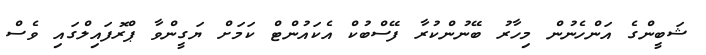
ޝަބީންގެ އަންހެނުން މިހާރު ބޭނުންކުރާ ފޭސްބުކް އެކައުންޓް ކަމަށް ޔަގީންވާ ޕްރޮފައިލްގައި ވެސް